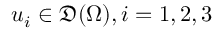
u _ { i } \in \mathfrak { D } ( \Omega ) , i = 1 , 2 , 3